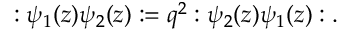
: \psi _ { 1 } ( z ) \psi _ { 2 } ( z ) : = q ^ { 2 } : \psi _ { 2 } ( z ) \psi _ { 1 } ( z ) : .